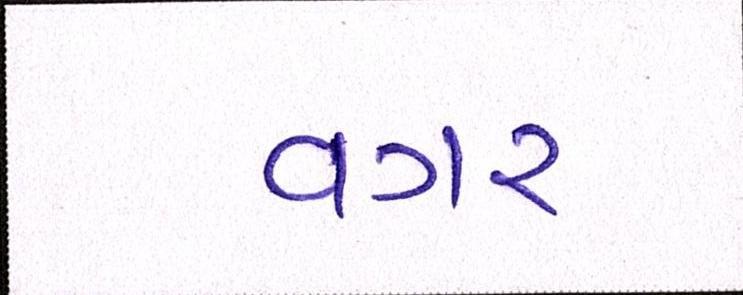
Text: વગર